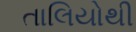
તાલિયોથી